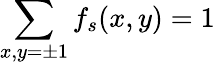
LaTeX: \sum_{x,y=\pm 1}f_{s}(x,y)=1